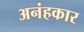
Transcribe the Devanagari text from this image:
अनंहकार